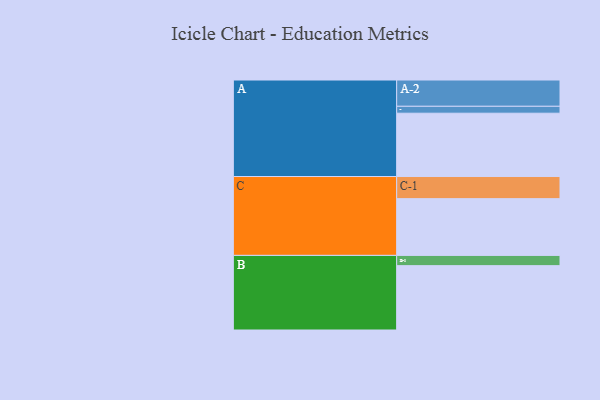
{"axis": {"x": "Segment", "y": "Value"}, "legend": ["", "A", "B", "C"], "data": [{"x": "A", "y": 549, "type": ""}, {"x": "B", "y": 558, "type": ""}, {"x": "C", "y": 492, "type": ""}, {"x": "A-1", "y": 60, "type": "A"}, {"x": "A-2", "y": 228, "type": "A"}, {"x": "B-1", "y": 89, "type": "B"}, {"x": "C-1", "y": 192, "type": "C"}]}